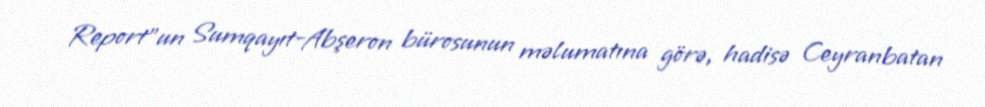
Report"un Sumqayıt-Abşeron bürosunun məlumatına görə, hadisə Ceyranbatan